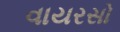
વાયરસો